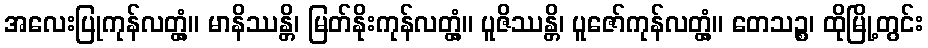
အလေးပြုကုန်လတ္တံ့။ မာနိဿန္တိ၊ မြတ်နိုးကုန်လတ္တံ့။ ပူဇိဿန္တိ၊ ပူဇော်ကုန်လတ္တံ့။ တေသဉ္စ၊ ထိုမြို့တွင်း